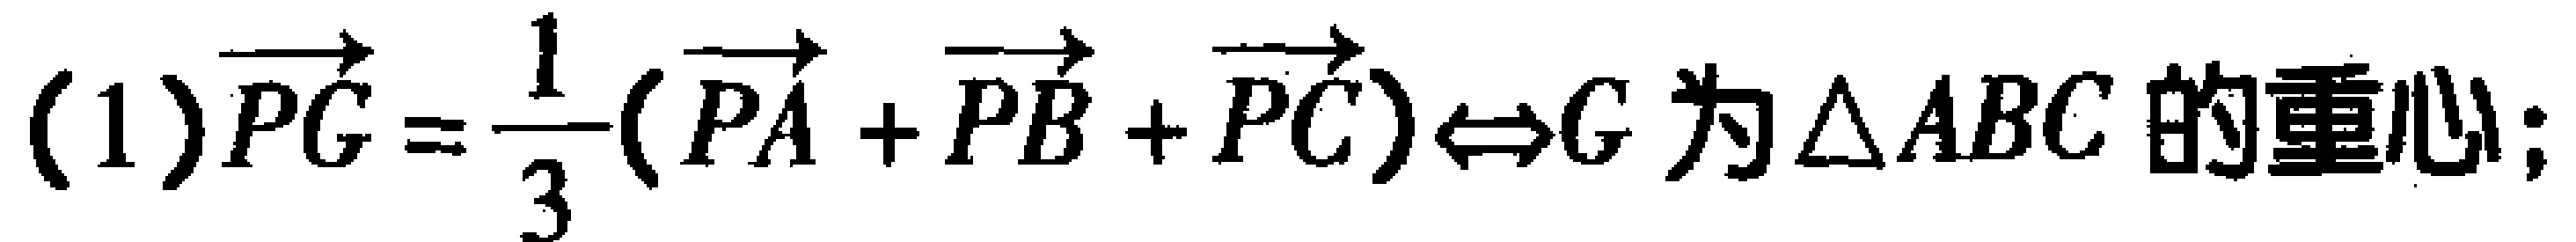
(1)$\overrightarrow{PG}=\frac{1}{3}(\overrightarrow{PA}+\overrightarrow{PB}+\overrightarrow{PC})\Leftrightarrow G\text{ 为}\triangle ABC\text{ 的重心;}$